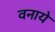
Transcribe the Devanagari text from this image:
वनाये